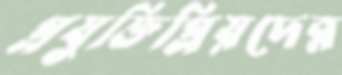
প্রযুক্তিপ্রিয়দের